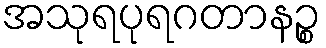
အသုရပုရဂတာနဉ္စ